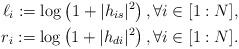
LaTeX: \begin{align*}\ell_i := \log\left( 1+ |h_{is}|^2\right),\forall i \in [1:N], \\r_i := \log\left( 1+ |h_{di}|^2\right), \forall i \in [1:N].\end{align*}